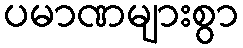
ပမာဏများစွာ